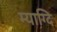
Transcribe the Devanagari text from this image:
म्याग्दि